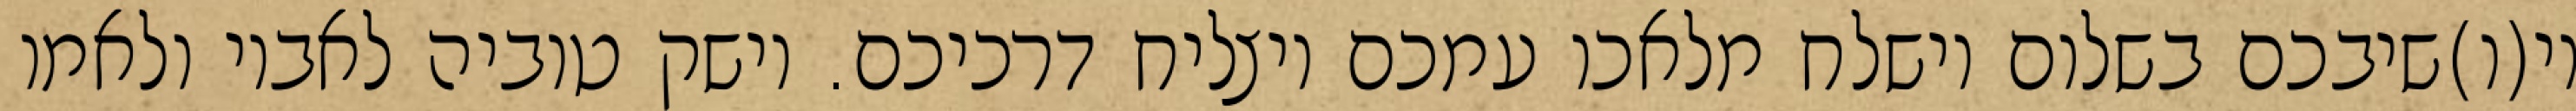
וי(ו)שיבכם בשלום וישלח מלאכו עמכם ויצליח דרכיכם. וישק טוביה לאביו ולאמו